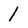
Character: 1